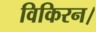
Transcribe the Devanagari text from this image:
विकिरन।